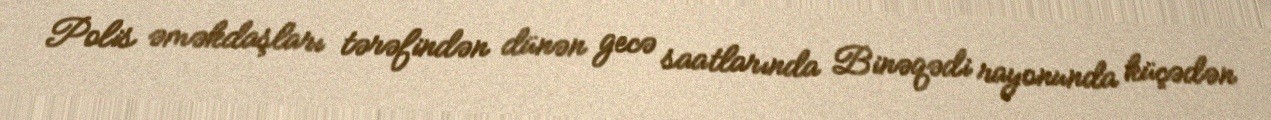
Polis əməkdaşları tərəfindən dünən gecə saatlarında Binəqədi rayonunda küçədən